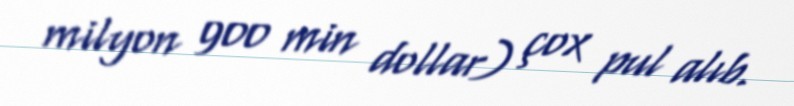
milyon 900 min dollar) çox pul alıb.